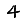
Digit: 4